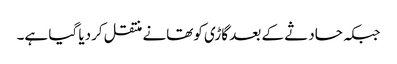
جبکہ حادثے کے بعد گاڑی کوتھانے منتقل کردیا گیا ہے۔